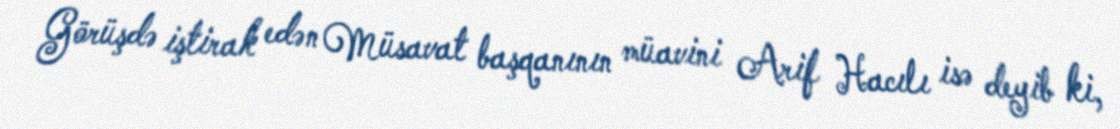
Görüşdə iştirak edən Müsavat başqanının müavini Arif Hacılı isə deyib ki,